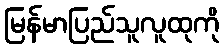
မြန်မာပြည်သူလူထုကို